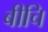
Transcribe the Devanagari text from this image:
बीचि